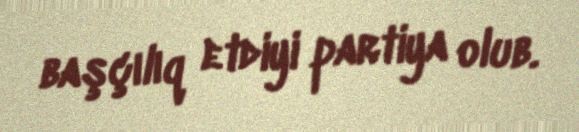
başçılıq etdiyi partiya olub.